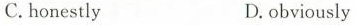
C.honestly D.obviously